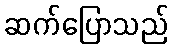
ဆက်ပြောသည်